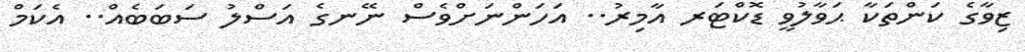
ޒިވާގެ ކަންތަކާ ޙަވާލުވީ ޑޮކްޓަރ އާމިރު.. އަހަންނަށްވެސް ނޭނގެ އަސްލު ސަބަބެއް.. އެކަމް